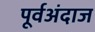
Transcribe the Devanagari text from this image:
पूर्वअंदाज